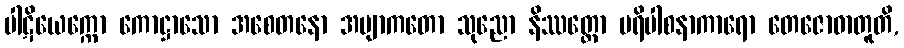
ပါဋိယေက္ကော ကောဋ္ဌာသော အစေတနော အဗျာကတော သုညော နိဿတ္တော ပရိပါစနာကာရော တေဇောဓာတူတိ,